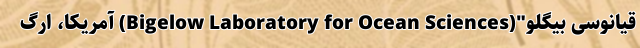
قیانوسی بیگلو"(Bigelow Laboratory for Ocean Sciences) آمریکا، ارگ